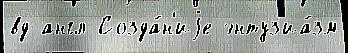
вд англ Созда́н'иjе энтуз'иа́зм